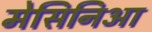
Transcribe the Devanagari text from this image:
मेसिनिआ